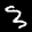
Label: 3